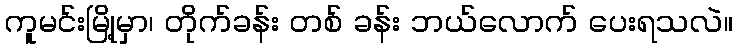
ကူမင်းမြို့မှာ၊ တိုက်ခန်း တစ် ခန်း ဘယ်လောက် ပေးရသလဲ။